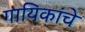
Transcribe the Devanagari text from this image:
गायिकांचे